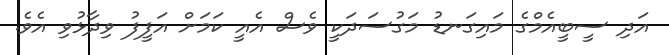
އަދި ސީބީއެމްގެ މައިގަނޑު މަގުސަދަކީ ވެސް އެއީ ކަމަށް އަފީފު ވިދާޅުވި އެވެ.